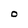
Character: O